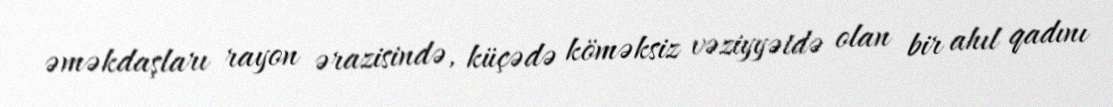
əməkdaşları rayon ərazisində, küçədə köməksiz vəziyyətdə olan bir ahıl qadını